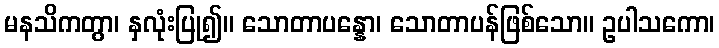
မနသိကတွာ၊ နှလုံးပြု၍။ သောတာပန္နော၊ သောတာပန်ဖြစ်သော။ ဥပါသကော၊